Lunatic asylums Punjab 1895-1910 - 1895-1910
Year: 1895
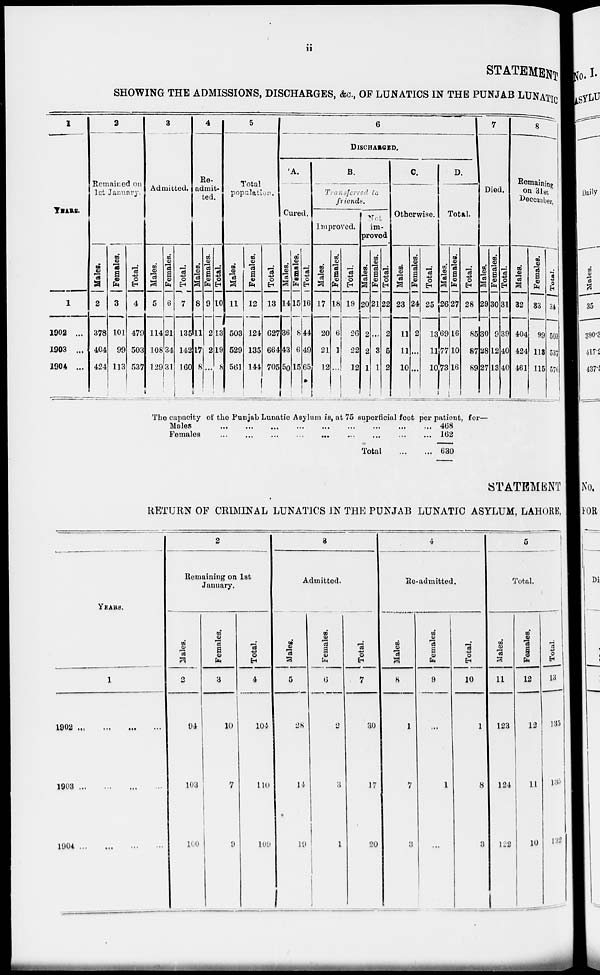
ii
STATEMENT
SHOWING THE ADMISSIONS, DISCHARGES, &c., OF LUNATICS IN THE PUNJAB LUNATC
1
YEARS.
1
1902 ...
1903 ...
1904 ...
2
Remained on
1st January.
Males.
2
378
404
424
Females.
3
101
99
113
Total.
4
479
503
537
3
Admitted.
Males.
5
114
108
129
Females.
6
21
34
31
Total.
7
135
142
160
4
Re-
admit-
ted.
Males.
8
11
17
8
Females.
9
2
2
...
Total.
10
13
19
8
5
Total
population.
Males.
11
503
529
561
Females.
12
124
135
144
Total.
13
627
664
705
6
DISCHARGED.
A.
Cured.
Males.
14
36
43
50
Females.
15
8
6
15
Total.
16
44
49
65
B.
Transferred to
friends.
Improved.
Males.
17
20
21
12
Females.
18
6
1
...
Total.
19
26
22
12
Not
im-
proved
Males.
20
2
2
1
Females.
21
...
8
1
Total.
22
2
5
2
C.
Otherwise.
Males.
23
11
11
10
Females.
24
2
...
...
Total.
25
13
11
10
D.
Total.
Males.
26
69
77
73
Females.
27
16
10
16
Total.
28
85
87
89
7
Died.
Males.
29
30
28
27
Females.
30
9
12
13
Total.
31
39
40
40
8
Remaining
on 31st
December.
Males.
32
404
424
461
Females.
33
99
113
115
Total.
34
503
537
576
The capacity of the Punjab Lunatic Asylum is, at 75 superficial feet per patient,for—
Males
...
...
...
...
...
...
...
...
...
Females ... ... ... ... ... ... ... ... ...
Total
...
...
468
162
630
STATEMENT
RETURN OF CRIMINAL LUNATICS IN THE PUNJAB LUNATIC ASYLUM, LAHORE,
YEARS.
1
1902 ... ... .... ...
1903
...
...
....
...
1904
...
...
....
...
2
Remaining on 1st
January.
Males.
2
94
103
100
Females.
3
10
7
9
Total.
4
104
110
109
3
Admitted.
Males.
5
28
14
19
Females.
6
2
3
1
Total.
7
30
17
20
4
Re-admitted.
Males.
8
1
7
3
Females.
9
...
1
...
Total.
10
1
8
3
5
Total.
Males.
11
123
124
122
Females.
12
12
11
10
Total.
13
135
135
132